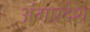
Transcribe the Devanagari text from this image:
अंगप्रदेश